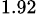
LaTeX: _{1.92}